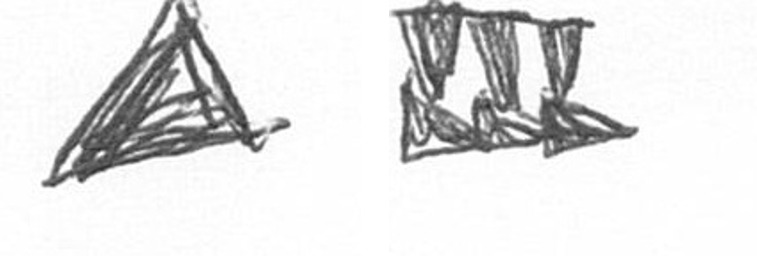
O D